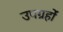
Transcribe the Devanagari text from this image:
उपग्रहोंं